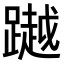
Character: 𨅿